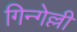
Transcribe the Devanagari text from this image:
गिन्गेल्ली